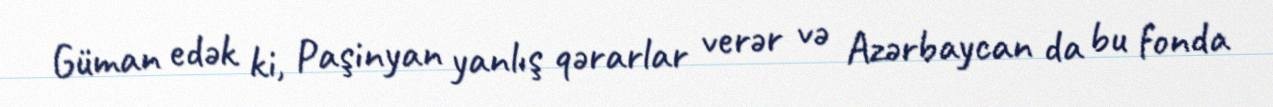
Güman edək ki, Paşinyan yanlış qərarlar verər və Azərbaycan da bu fonda